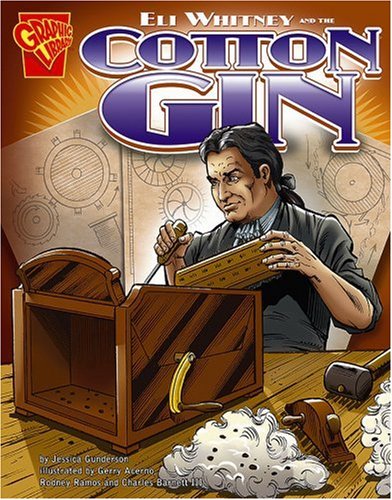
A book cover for Eli Whitney and the Cotton Gin (Inventions and Discovery); Jessica Gunderson; Children's Books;